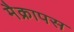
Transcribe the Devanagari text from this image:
मैक्रापस